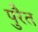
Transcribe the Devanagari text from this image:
पुरैत